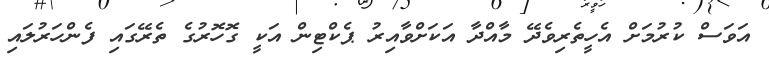
އަވަސް ކުރުމަށް އެހީތެރިވެދޭ މާއްދާ އަކަށްވާއިރު ޕެކްޓިން އަކީ ގޮޮހޮރުގެ ތެރޭގައި ފެންހަރުލައި